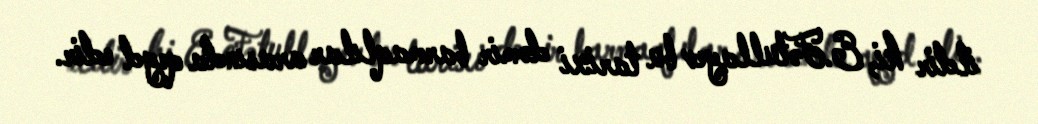
ildir ki, E.Fətullayev bu tarixi dəmir barmaqlılar arasında qeyd edir.